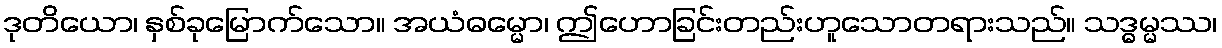
ဒုတိယော၊ နှစ်ခုမြောက်သော။ အယံဓမ္မော၊ ဤဟောခြင်းတည်းဟူသောတရားသည်။ သဒ္ဓမ္မဿ၊